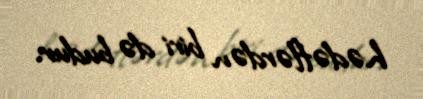
hədəflərdən biri də budur.